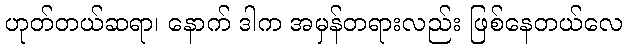
ဟုတ်တယ်ဆရာ၊ နောက် ဒါက အမှန်တရားလည်း ဖြစ်နေတယ်လေ